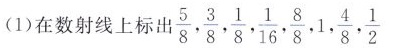
()在数射线上标出\frac{5}{8}, \frac{3}{8}, \frac{1}{8}, \frac{1}{16}, \frac{8}{8},1, \frac{4}{8}, \frac{1}{2}